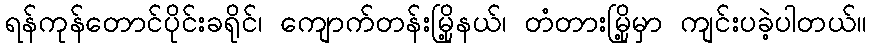
ရန်ကုန်တောင်ပိုင်းခရိုင်၊ ကျောက်တန်းမြို့နယ်၊ တံတားမြို့မှာ ကျင်းပခဲ့ပါတယ်။